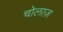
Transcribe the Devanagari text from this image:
चोलाज़